Vital statistics of India. Vol. V, Reports of 1876 on armies & jails and on epidemic cholera
Year: 1876
Disease focus: Cholera
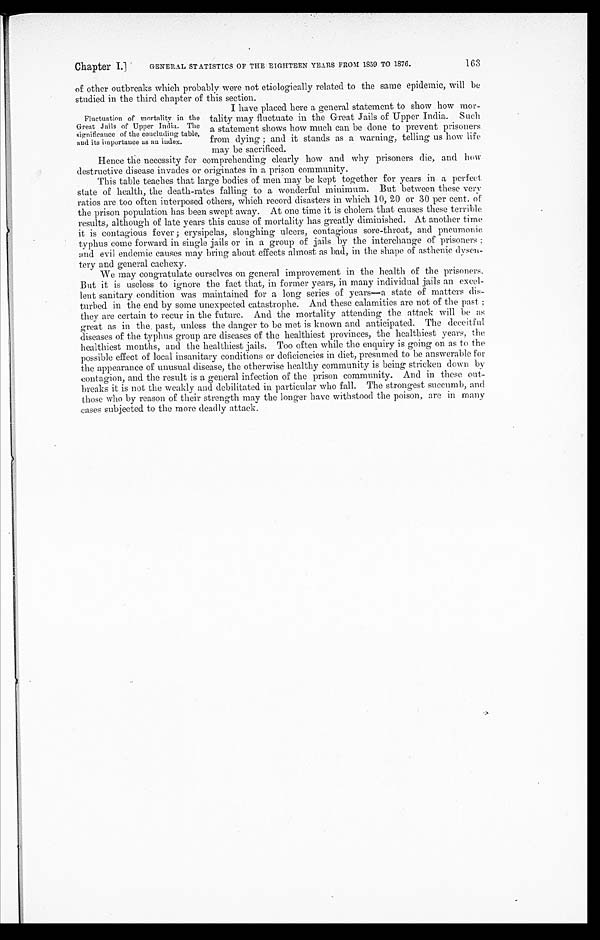
Chapter I.]
GENERAL STATISTICS OF THE EIGHTEEN YEARS FROM 1859 TO 1876.
163
of other outbreaks which probably were not etiologically related to the same epidemic, will be
studied in the third chapter of this section.
Fluctuation of mortality in the
Great Jails of Upper India. The
significance of the concluding table,
and its importance as an index.
I have placed here a general statement to show how mor
-tality may fluctuate in the Great Jails of Upper India. Such
a statement shows how much can be done to prevent prisoners
from dying ; and it stands as a warning, telling us how life
may be sacrificed.
Hence the necessity for comprehending clearly how and why prisoners die, and how
destructive disease invades or originates in a prison community.
This table teaches that large bodies of men may be kept together for years in a perfect
state of health, the death-rates falling to a wonderful minimum. But between these very
ratios are too often interposed others, which record disasters in which 10, 20 or 30 per cent. of
the prison population has been swept away. At one time it is cholera that causes these terrible
results, although of late years this cause of mortality has greatly diminished. At another time
it is contagious fever ; erysipelas, sloughing ulcers, contagious sore-throat, and pneumonic
typhus come forward in single jails or in a group of jails by the interchange of prisoners
; and evil endemic causes may bring about effects almost as bad, in the shape of asthenic dysen
-tery and general cachexy.
We may congratulate ourselves on general improvement in the health of the prisoners.
But it is useless to ignore the fact that, in former years, in many individual jails an excel
-lent sanitary condition was maintained for a long series of years—a state of matters dis
-turbed in the end by some unexpected catastrophe. And these calamities are not of the past ;
they are certain to recur in the future. And the mortality attending the attack will be as
great as in the past, unless the danger to be met is known and anticipated. The deceitful
diseases of the typhus group are diseases of the healthiest provinces, the healthiest years, the
healthiest months, and the healthiest jails. Too often while the enquiry is going on as to the
possible effect of local insanitary conditions or deficiencies in diet, presumed to be answerable for
the appearance of unusual disease, the otherwise healthy community is being stricken down by
contagion, and the result is a general infection of the prison community. And in these out-
breaks it is not the weakly and debilitated in particular who fall. The strongest succumb, and
those who by reason of their strength may the longer have withstood the poison, are in many
cases subjected to the more deadly attack.